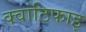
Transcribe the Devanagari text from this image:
क्वांटिफाइ